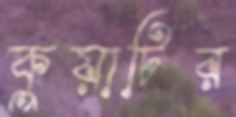
কুয়াটির